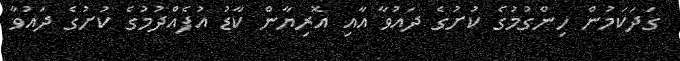
ގަދަކަމުން ހިންގުމުގެ ކުށުގެ ދައުވާ އާއި އޮރިޔާން ކާޑު އުފެއްދުމުގެ ކުށުގެ ދައުވާ